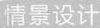
情景设计